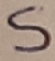
Text: S